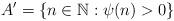
LaTeX: \begin{align*}A'=\{n\in\mathbb{N}:\psi(n)>0\}\end{align*}